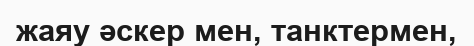
жаяу әскер мен, танктермен,